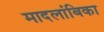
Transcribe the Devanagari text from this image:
मादलांबिका